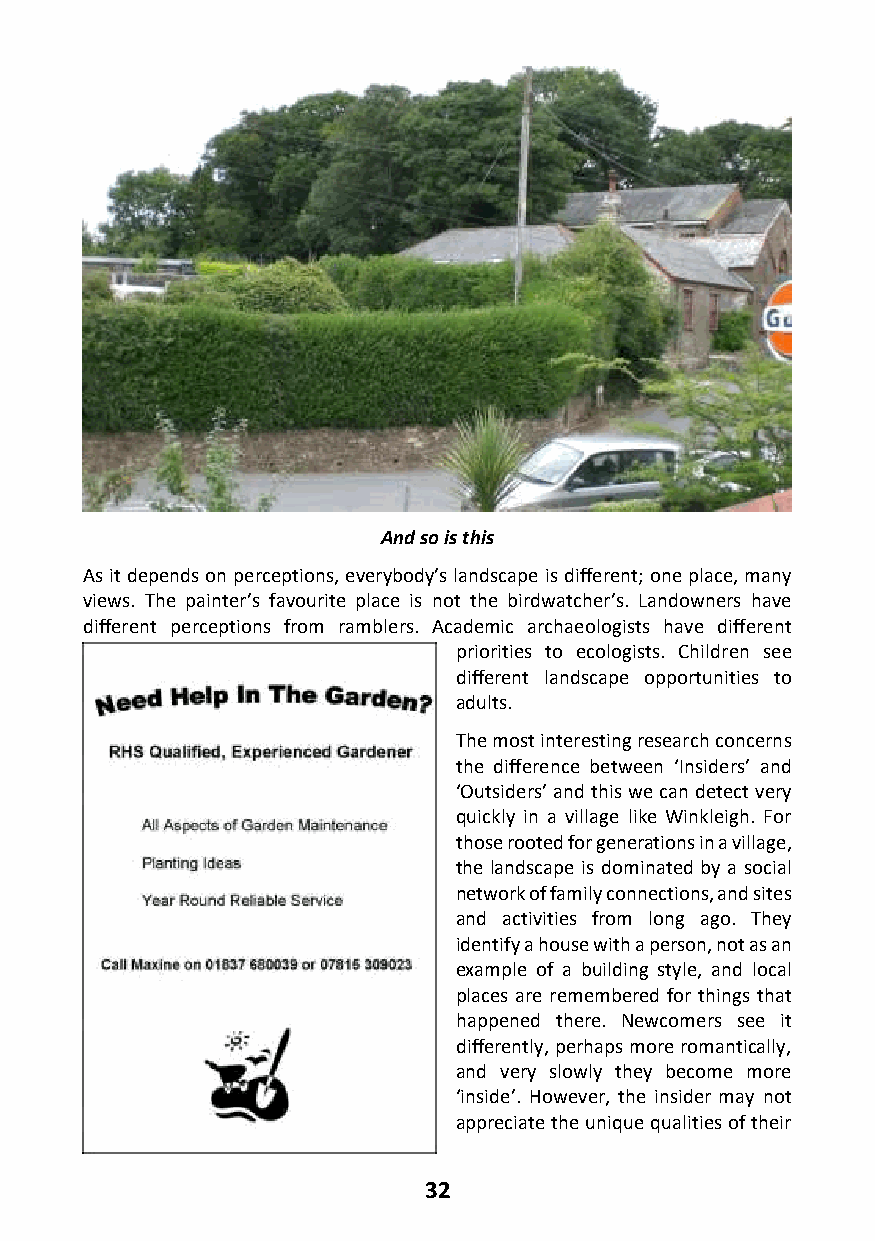
And so is this
 As it depends on perceptions, everybody’s landscape is different; one place, many
 views. The painter’s favourite place is not the birdwatcher’s. Landowners have
 different perceptions from ramblers. Academic archaeologists have different
 priorities to ecologists. Children see
 different landscape opportunities to
 adults.
 The most interesting research concerns
 the difference between ‘Insiders’ and
 ‘Outsiders’ and this we can detect very
 quickly in a village like Winkleigh. For
 those rooted for generations in a village,
 the landscape is dominated by a social
 network of family connections, and sites
 and activities from long ago. They
 identify a house with a person, not as an
 example of a building style, and local
 places are remembered for things that
 happened there. Newcomers see it
 differently, perhaps more romantically,
 and very slowly they become more
 ‘inside’. However, the insider may not
 appreciate the unique qualities of their
 32